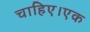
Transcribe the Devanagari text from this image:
चाहिए।एक